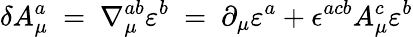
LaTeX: \delta A_{\mu}^{a}\ =\ \nabla_{\mu}^{ab}\varepsilon^{b}\ =\ \partial_{\mu}\varepsilon^{a}+\epsilon^{acb}A_{\mu}^{c}\varepsilon^{b}